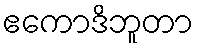
ဧကောဒိဘူတာ